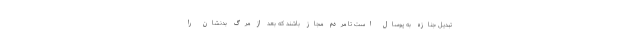
تبدیل جنازه به پوسال است تا مردم مجاز باشند که بعد از مرگ بدنشان را